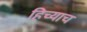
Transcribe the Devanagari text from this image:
हिच्याच